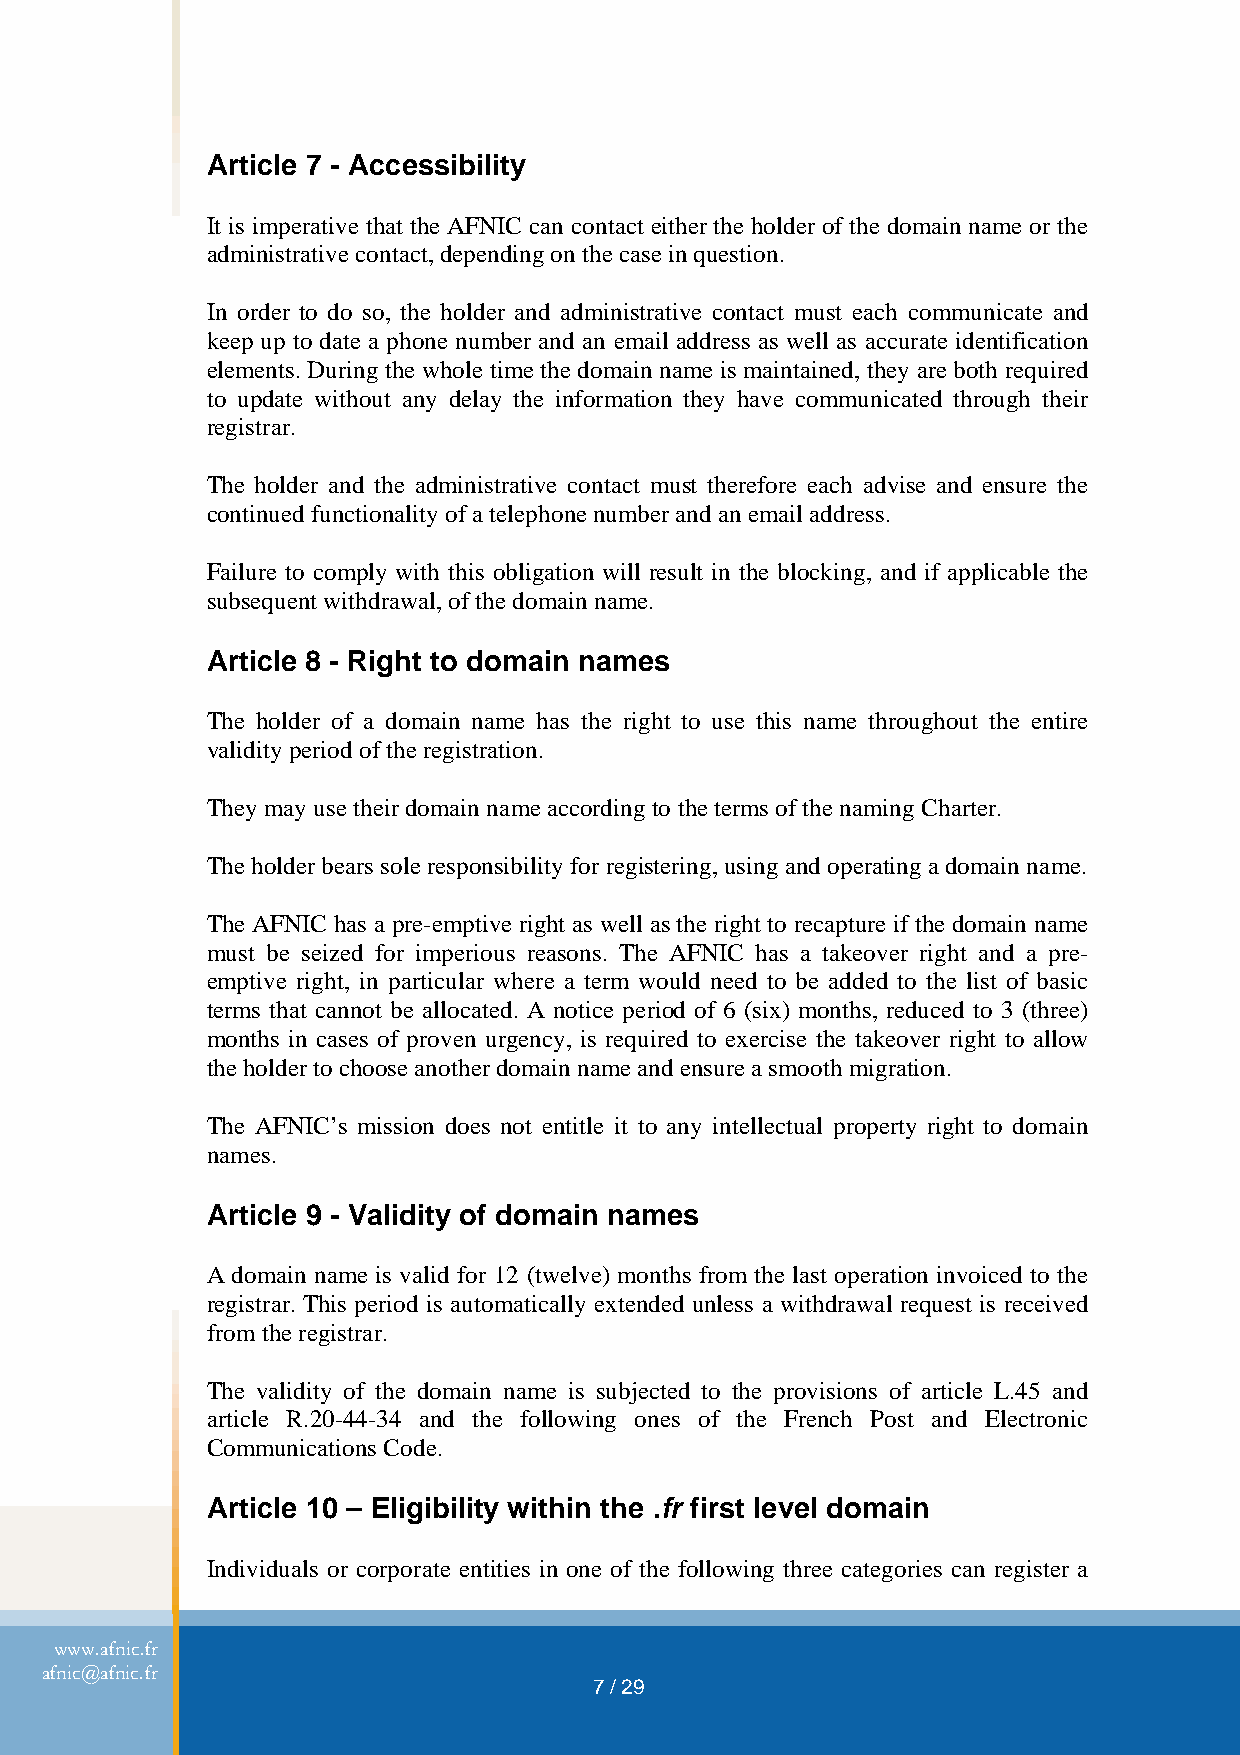
Article 7 - Accessibility
 It is imperative that the AFNIC can contact either the holder of the domain name or the
 administrative contact, depending on the case in question.
 In order to do so, the holder and administrative contact must each communicate and
 keep up to date a phone number and an email address as well as accurate identification
 elements. During the whole time the domain name is maintained, they are both required
 to update without any delay the information they have communicated through their
 registrar.
 The holder and the administrative contact must therefore each advise and ensure the
 continued functionality of a telephone number and an email address.
 Failure to comply with this obligation will result in the blocking, and if applicable the
 subsequent withdrawal, of the domain name.
 Article 8 - Right to domain names
 The holder of a domain name has the right to use this name throughout the entire
 validity period of the registration.
 They may use their domain name according to the terms of the naming Charter.
 The holder bears sole responsibility for registering, using and operating a domain name.
 The AFNIC has a pre-emptive right as well as the right to recapture if the domain name
 must be seized for imperious reasons. The AFNIC has a takeover right and a pre-
 emptive right, in particular where a term would need to be added to the list of basic
 terms that cannot be allocated. A notice period of 6 (six) months, reduced to 3 (three)
 months in cases of proven urgency, is required to exercise the takeover right to allow
 the holder to choose another domain name and ensure a smooth migration.
 The AFNIC’s mission does not entitle it to any intellectual property right to domain
 names.
 Article 9 - Validity of domain names
 A domain name is valid for 12 (twelve) months from the last operation invoiced to the
 registrar. This period is automatically extended unless a withdrawal request is received
 from the registrar.
 The validity of the domain name is subjected to the provisions of article L.45 and
 article R.20-44-34 and the following ones of the French Post and Electronic
 Communications Code.
 Article 10 – Eligibility within the .fr first level domain
 Individuals or corporate entities in one of the following three categories can register a
 www.afnic.fr
 afnic@afnic.fr
 7 / 29